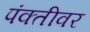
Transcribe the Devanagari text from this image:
पंक्तीवर